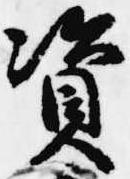
資